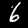
Label: 6